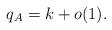
LaTeX: \begin{align*} q_A = k + o(1).\end{align*}